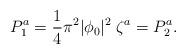
LaTeX: \begin{align*}P^a_1 = {1\over4} \pi^2 |\phi_0|^2 \; \zeta^a = P^a_2.\end{align*}